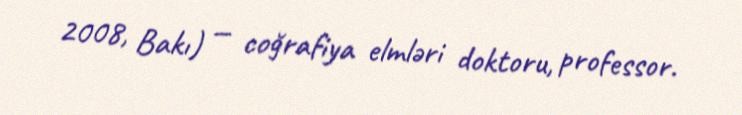
2008, Bakı) — coğrafiya elmləri doktoru, professor.